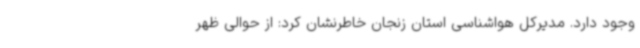
وجود دارد. مدیرکل هواشناسی استان زنجان خاطرنشان کرد: از حوالی ظهر